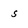
Character: 5